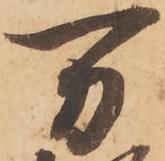
万